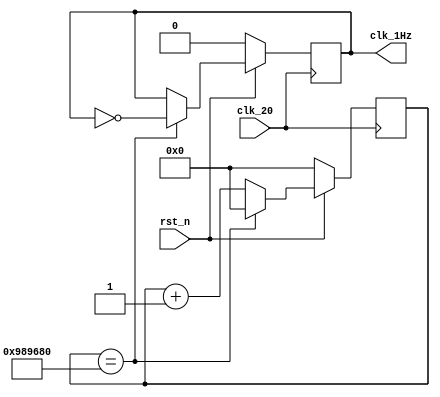
module div_clock(clk_20, rst_n, clk_1Hz);
input clk_20, rst_n;
output clk_1Hz;

reg clk_1Hz = 1'b0;
reg [27:0] counter;
 
always@(posedge clk_20)
begin
    if (~rst_n)
        begin
            clk_1Hz <= 0;
            counter <= 0;
        end
    else
        begin
            counter <= counter + 1;
            if ( counter == 28'd10000000)
                begin
                    counter <= 0;
                    clk_1Hz <= ~clk_1Hz;
                end
        end
end
endmodule